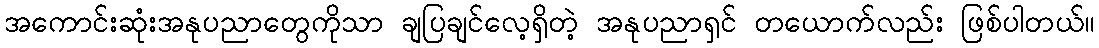
အကောင်းဆုံးအနုပညာတွေကိုသာ ချပြချင်လေ့ရှိတဲ့ အနုပညာရှင် တယောက်လည်း ဖြစ်ပါတယ်။